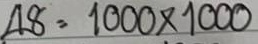
48 = 1000 x 1000